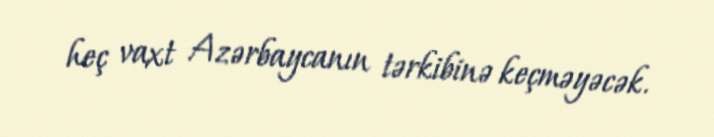
heç vaxt Azərbaycanın tərkibinə keçməyəcək.